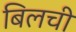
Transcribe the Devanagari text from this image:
बिलची